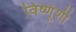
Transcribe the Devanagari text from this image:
विष्णूंशी